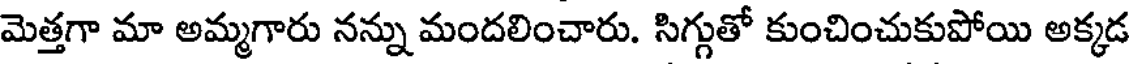
మెత్తగా మా అమ్మగారు నన్ను మందలించారు. సిగ్గుతో కుంచించుకుపోయి అక్కడ